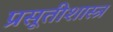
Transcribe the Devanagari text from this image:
प्रसूतीशास्त्र